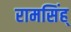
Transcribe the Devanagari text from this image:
रामसिंह्